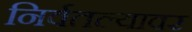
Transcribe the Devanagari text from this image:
निर्वतल्यावर